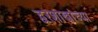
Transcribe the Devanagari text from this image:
द्वरशाखांच्या